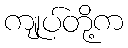
ကျုပ်တို့က